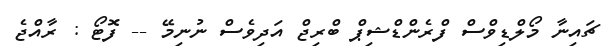
ޗައިނާ މޯލްޑިވްސް ފްރެންޑްޝިޕް ބްރިޖް އަދިވެސް ނުނިމޭ -- ފޮޓޯ : ރާއްޖެ